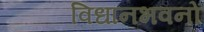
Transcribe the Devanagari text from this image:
विधानभवनों